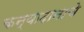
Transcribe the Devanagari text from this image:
कन्यादानाचे